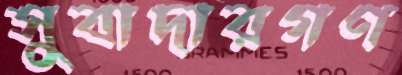
সুবাদারগণ